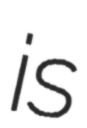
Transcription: is